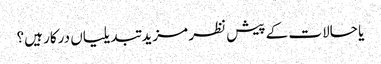
یا حالات کے پیش نظر مزید تبدیلیاں درکار ہیں؟